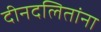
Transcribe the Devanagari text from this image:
दीनदलितांना